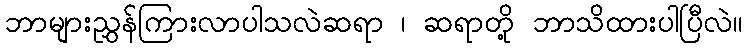
ဘာများညွှန်ကြားလာပါသလဲဆရာ ၊ ဆရာတို့ ဘာသိထားပါပြီလဲ။